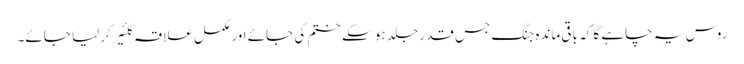
روس یہ چاہے گا کہ باقی ماندہ جنگ جس قدر جلد ہو سکے ختم کی جائے اور مکمل علاقہ کلئیر کر لیا جائے۔